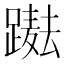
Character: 𨅫